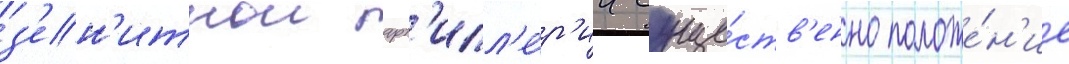
з'ен'итнои арт'илл'е́р'ии суще́ств'енно положе́н'ие